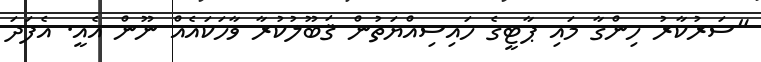
"ސަރުކާރު ހިންގާ މައި ޕާޓީގެ ހައިސިއްޔަތުން ޤަބޫލުކުރާ ވާހަކައެއް ނޫން އެއީ. އެފަދަ